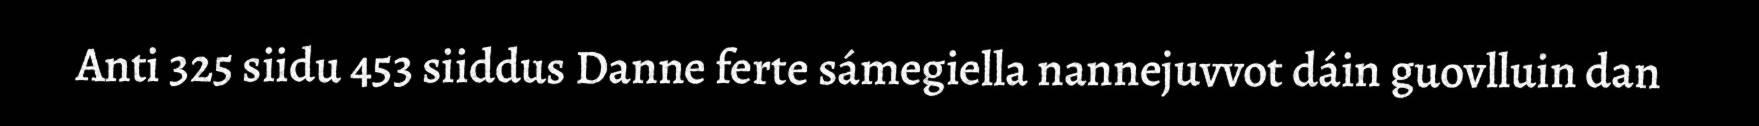
Anti 325 siidu 453 siiddus Danne ferte sámegiella nannejuvvot dáin guovlluin dan